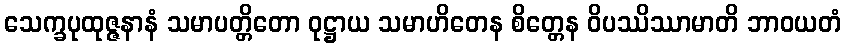
သေက္ခပုထုဇ္ဇနာနံ သမာပတ္တိတော ဝုဋ္ဌာယ သမာဟိတေန စိတ္တေန ဝိပဿိဿာမာတိ ဘာဝယတံ